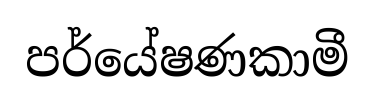
පර්යේෂණකාමී